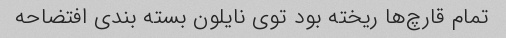
تمام قارچ‌ها ریخته بود توی نایلون بسته بندی افتضاحه